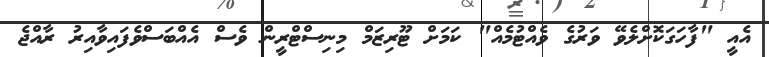
އެއީ "ފާހަގަކޮށްލެވޭ ވަރުގެ ވެއްޓުމެއް" ކަމަަށް ޓޫރިޒަމް މިނިސްޓްރީން ވެސް އެއްބަސްވެފައިވާއިރު ރާއްޖެ